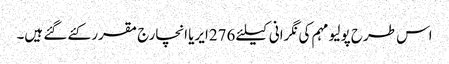
اس طرح پولیو مہم کی نگرانی کیلئے 276ایریا انچارج مقرر کئے گئے ہیں۔